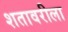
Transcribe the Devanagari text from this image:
शतावरीला